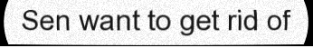
Sen want to get rid of